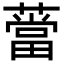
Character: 𦼲